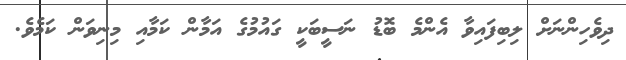
ދިވެހިންނަށް ލިބިފައިވާ އެންމެ ބޮޑު ނަސީބަކީ ގައުމުގެ އަމާން ކަމާއި މިނިވަން ކަމެވެ.